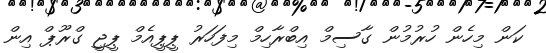
ކަން މިހެން ހުރުމުން ގާސިމް އިބްރާހިމް މިފަހަރު ޕީޕީއެމް ޕީޖީ ގްރޫޕް އިން